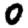
Digit: 0